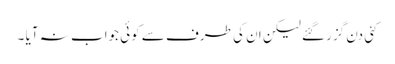
کئی دن گزر گئے لیکن ان کی طرف سے کوئی جواب نہ آیا ۔